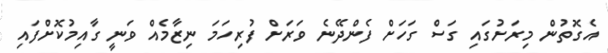
އެގޮތުން މިރަށުގައި ގަސް ގަަހަށް ފެންދޭނެ ވަރަށް ފުރިހަމަ ނިޒާމެއް ވަނީ ގާއިމުކޮށްފައި